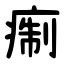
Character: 痸